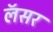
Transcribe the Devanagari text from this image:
लॅसर